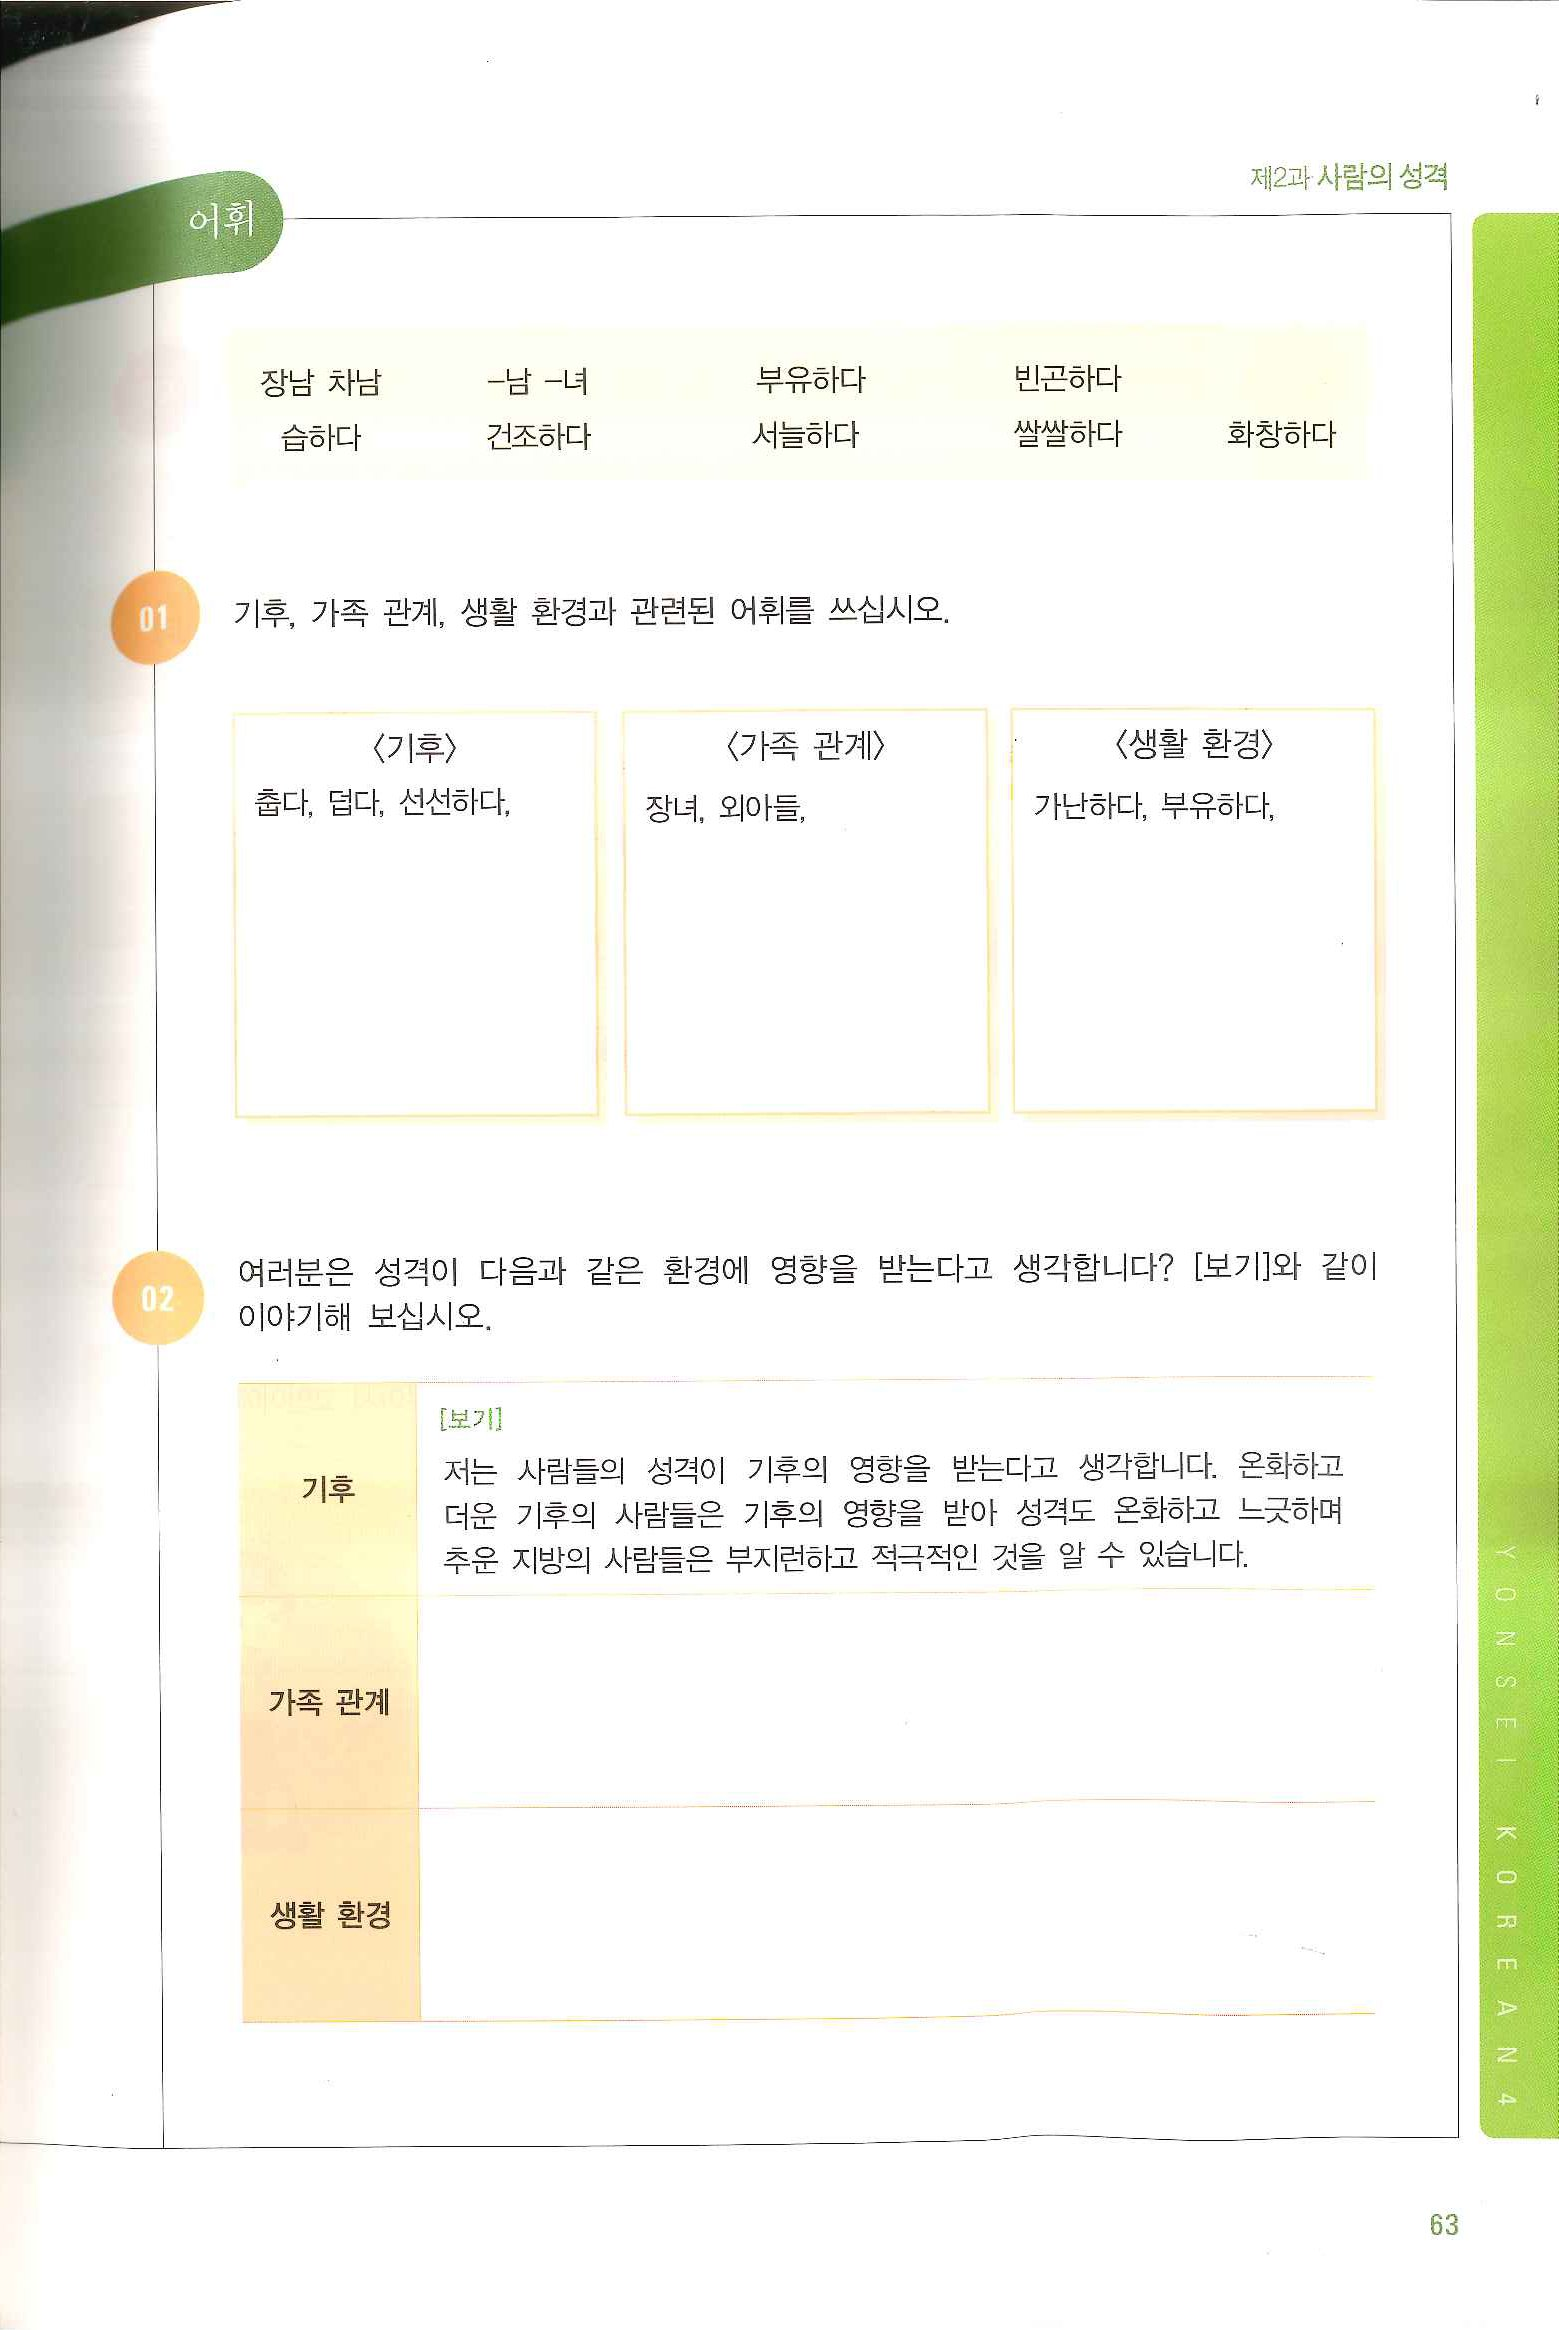
Language: ko